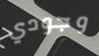
وجودي